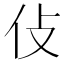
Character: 𠆸